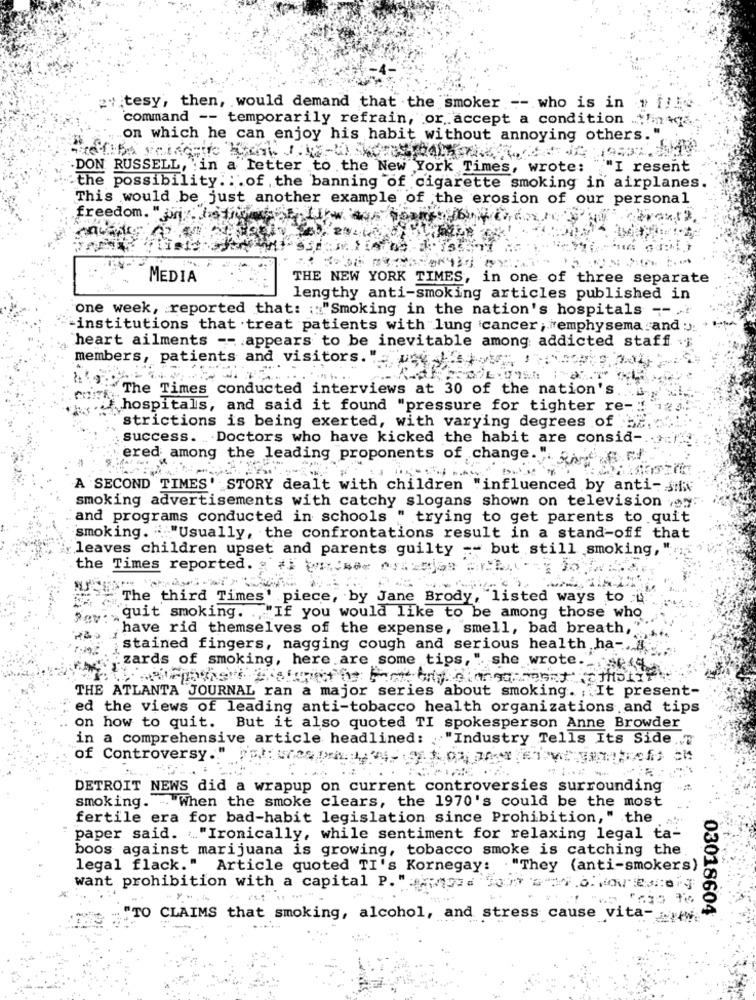
y tesy, then, would demand that the smoker -- who is in
command -- temporarily refrain, or accept a condition .. $!in
on which he can enjoy his habit without annoying others."
DON RUSSELL, in a letter to the New York Times, wrote: ""I resent
the possibility. : . of the banning of cigarette smoking in airplanes
This would be just another example of the erosion of our personal
freedom. " wri :: Jis tros
-
MEDIA
THE NEW YORK TIMES, in one of three separate
lengthy anti-smoking articles published in
one week, reported that: :: "Smoking in the nation's hospitals -- ..
institutions that .treat patients with lung cancer; emphysema and :)
heart ailments -- appears to be inevitable among addicted staff
members, patients and visitors.'
"The Times conducted interviews at 30 of the nation's
.hospitals, and said it found "pressure for tighter re-
strictions is being exerted, with varying degrees of
success. . Doctors who have kicked the habit are consid-
ered among the leading proponents of change."
A SECOND TIMES' STORY dealt with children "influenced by anti- $
smoking advertisements with catchy slogans shown on television voy:
and programs conducted in schools " trying to get parents to quit
smoking. ""Usually, the confrontations result in a stand-off that
leaves children upset and parents guilty -- but still smoking,
the Times reported. & #1 wiJser er === = B
"The third Times' piece, by Jane Brody, "listed ways to
"""" quit smoking. . "If you would like to be among those who
,have rid themselves of the expense, smell, bad breath,"
stained fingers, nagging cough and serious health ha -. "
wizards of smoking, here are some tips, " she wrote .- 4
THE ATLANTA JOURNAL ran a major series about smoking. ; It present-
ed the views of leading anti-tobacco health organizations and tips
on how to quit. But it also quoted TI spokesperson Anne Browder
in a comprehensive article headlined: "Industry Tells Its Side."
of Controversy .. " el: une
DETROIT NEWS did a wrapup on current controversies surrounding
smoking. -. When the smoke clears, the 1970's could be the most
fertile era for bad-habit legislation since Prohibition," the
paper said. "Ironically, while sentiment for relaxing legal ta-
boos against marijuana is growing, tobacco smoke is catching the.
legal flack." Article quoted TI's Kornegay: . "They (anti-smokers)
want prohibition with a capital P. " wpad
TO
03018604
CLAIMS that smoking, alcohol, and stress cause vita- www.